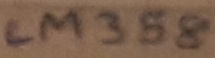
Text: LM358